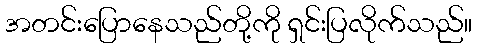
အတင်းပြောနေသည်တို့ကို ရှင်းပြလိုက်သည်။